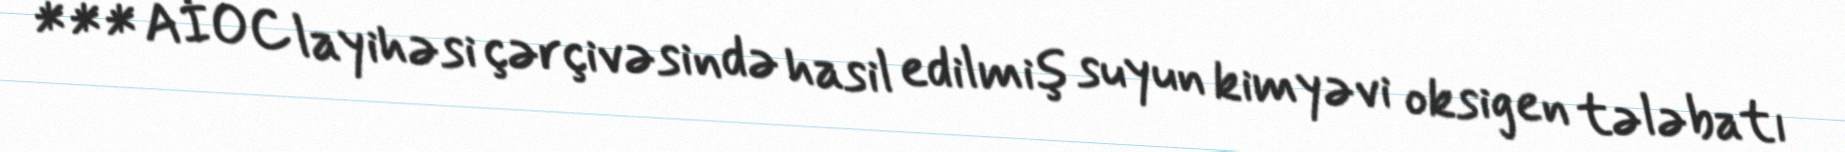
*** AİOC layihəsi çərçivəsində hasil edilmiş suyun kimyəvi oksigen tələbatı